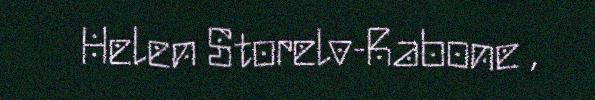
Helen Storelv-Rabone ,